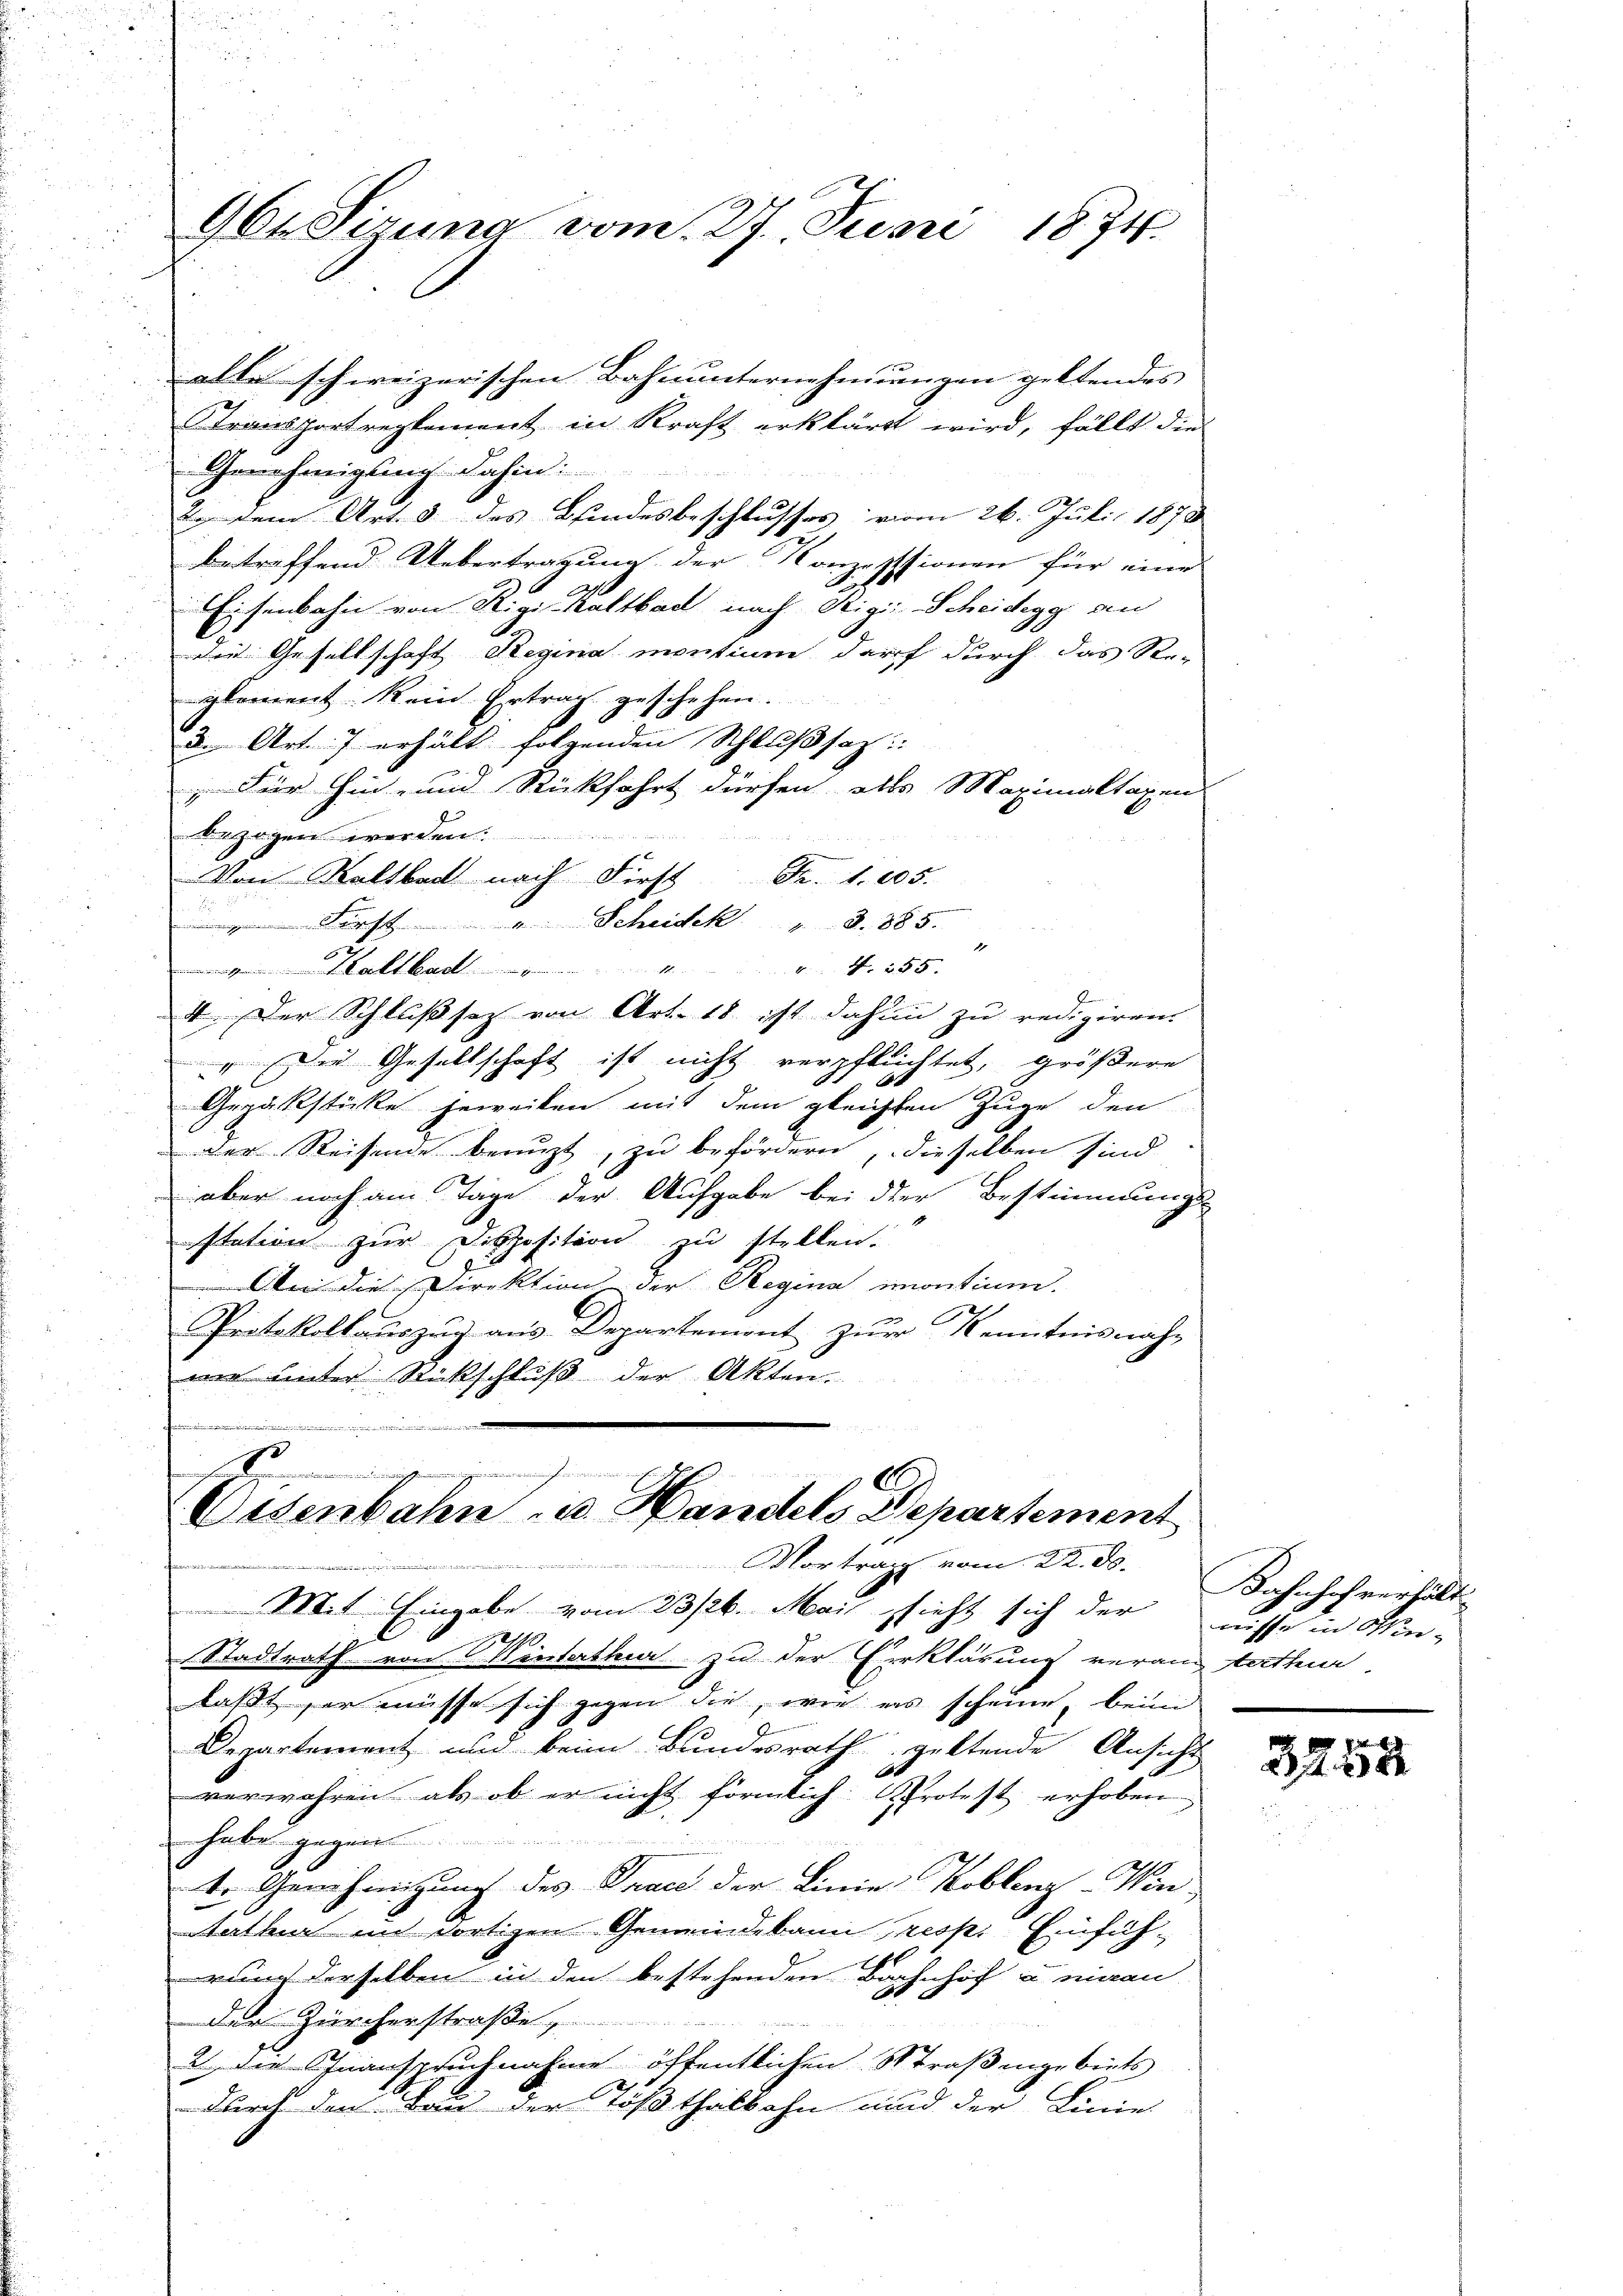
964 Sirung vom 27. Juni 1874.

alle schweizerischen Bahnunternehmungen geltendes
Stransportreglement in Kraft erklärt wird, fällt die
Genehmigung dahin:
2. dem Art. 3 des Bindesbeschlusses vom 26. Juli 1878
betreffend Uebertragung der Konzessionen für eine
Eisenbahn von Rigi-Kaltbad nach Stigi-Scheidegg an
der Gesellschaft Regina mentium darf durch das Re-
gloment kein Ertrag geschehen.
3. Art. 7 erhält folgenden Schlußsatz:
 Für hin- und Rückfahrt dürfen, als Maximaltaxen
d zogen werden.
Von Kaltbach nach First Fr. 1. 105.
u
 First u. Scheidek. " S. 885.
 N. 255.
I. Der Schlußsaz von Art. 18. ist dahin zu redigiren.
Die Gesellschaft ist nicht verpflichtet, größere
.
Gerückstücke jeweiben mit dem gleichten Zuge den
der Reisende benuzt, zu befördern, dieselben sind
aber noch am Tage der Aufgabe bei der Bestimmungs-
station zur Disposition zu stellen.
An die Direktion der Regina montium.
Protokollauszug aus Departement zur Kenntnisnah-
me unter Rückschluß der Akten.

s
Eisenbahn u. Handels Departement
Vortrage vom 22. ds.

Mit Eingabe vom 23/26. Mai sieht sich der nisse in Win-
d
Stadtrath von Winterthur zu der Erklärung verang tathen,
laßt, er müsse sich gegen die, wie es scheine, beim
Departement und beim Bundesrath geltende Ansicht
verwahren, als ob er nicht förmlich protest erhoben
habe gegen
e
tr. Genehmigung des Trace der Linie Koblenz-Win-
tathun im dortigen Gemeindebann, resp. Einführund derselben in den bestehenden Bahnhof aninau
der Zürcherstraße
2 der Inanspruchnahme öffentlichen Straßengebiets
durch den Bau der Tößthalbahn und der Linie

Bahnhofverhält

x
22 xx